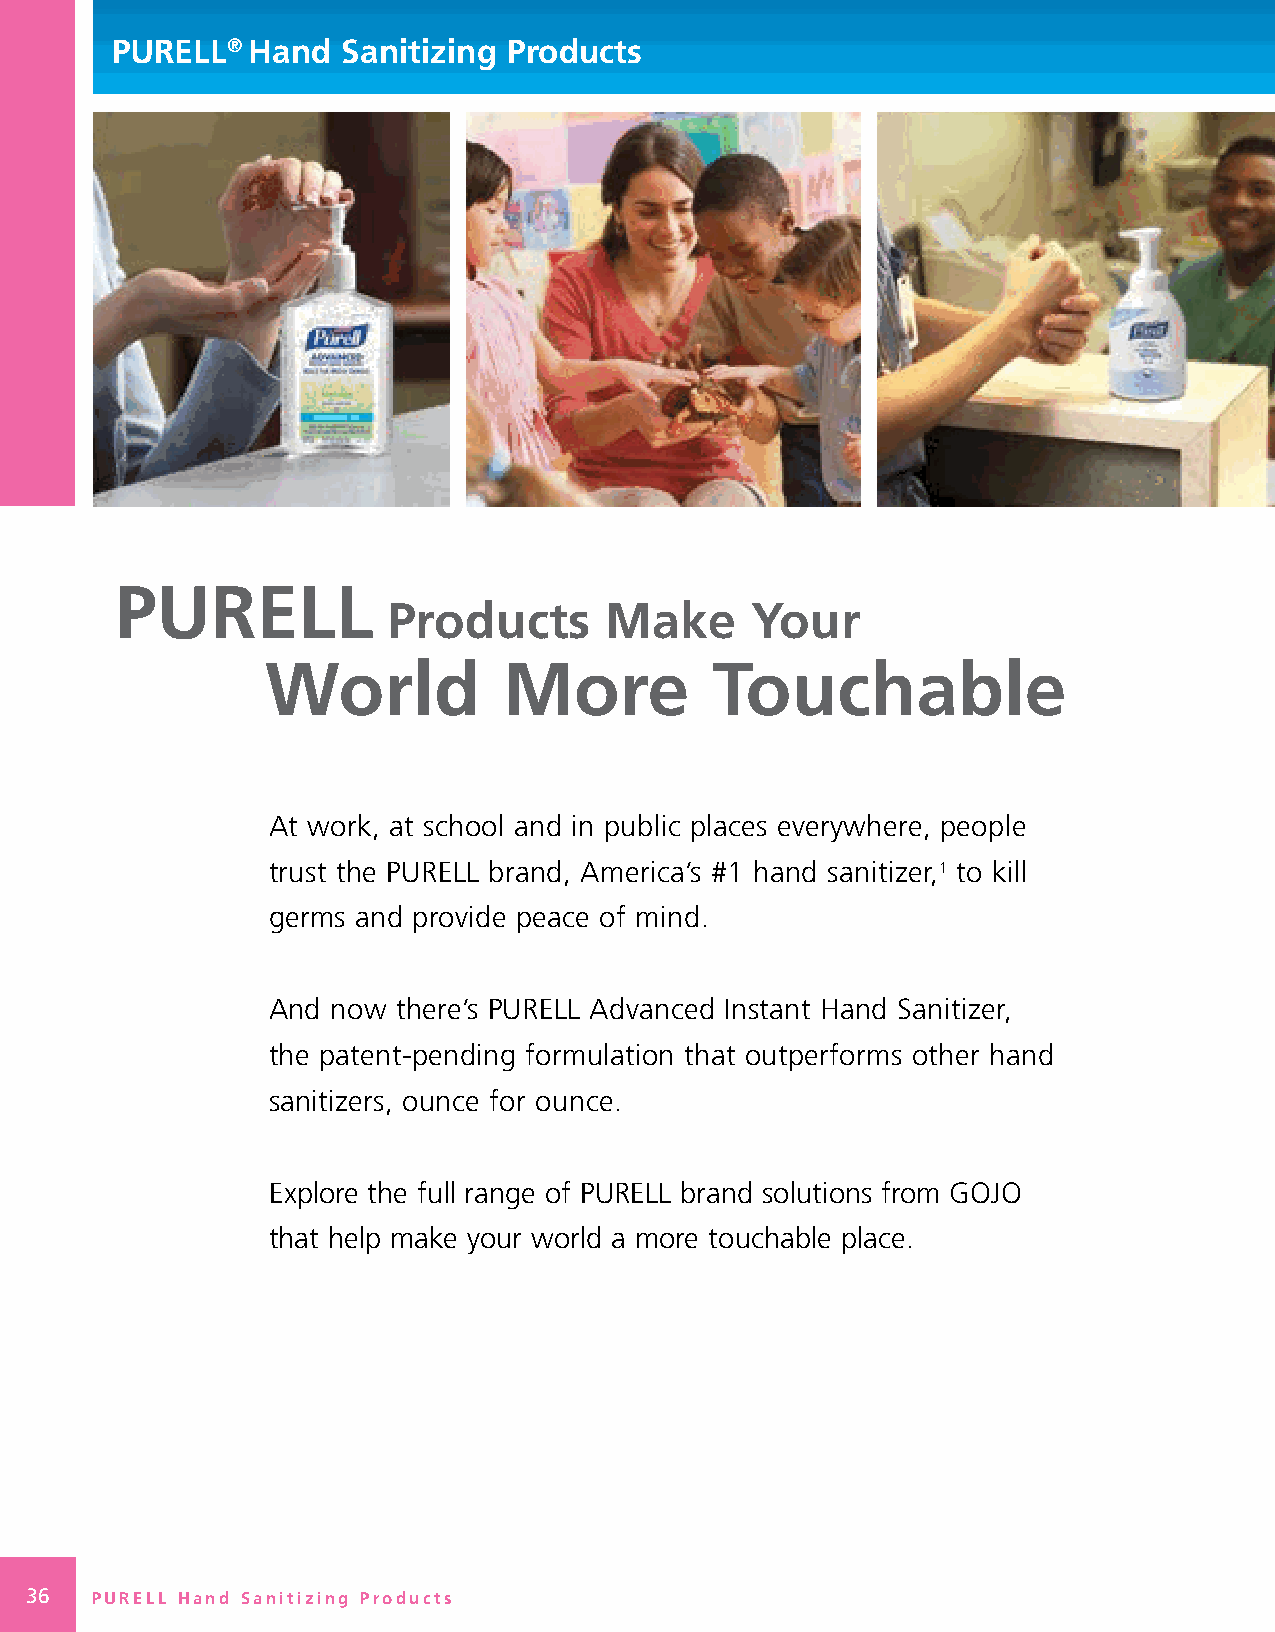
PURELL®  Hand   Sanitizing Products
 PURELL
 Products      Make      Your
 World          More          Touchable
 At work, at school and in public places everywhere, people
 trust the PURELL brand, America’s #1 hand sanitizer,1 to kill
 germs and provide peace of mind .
 And now there’s PURELL Advanced Instant Hand Sanitizer,
 the patent-pending formulation that outperforms other hand
 sanitizers, ounce for ounce .
 Explore the full range of PURELL brand solutions from GOJO
 that help make your world a more touchable place .
 36  PURELL Hand Sanitizing Products